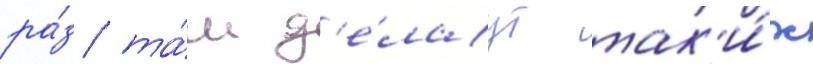
ра́з та́м д'е́лаут так'и́х